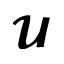
\mathbfcal { U }